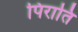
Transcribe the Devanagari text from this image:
पिराति